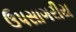
ઉપસાગરીય